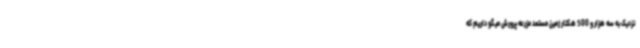
نزدیک به سه هزار و 500 هکتار زمین مستعد مزرعه پرورش میگو داریم که